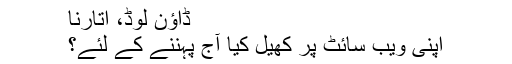
ڈاؤن لوڈ، اتارنا
اپنی ویب سائٹ پر کھیل کیا آج پہننے کے لئے؟